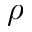
\rho